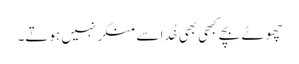
چھوٹے بچے کبھی بھی خُدا سے منکر نہیں ہوتے۔